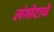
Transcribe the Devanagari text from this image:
लंगोटाचे